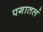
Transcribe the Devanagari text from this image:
पगातलं